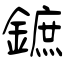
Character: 鏣